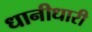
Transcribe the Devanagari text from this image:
धानीधारी